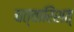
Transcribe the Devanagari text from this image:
चत्वारिंशत्